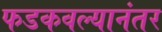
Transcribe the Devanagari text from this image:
फडकवल्यानंतर